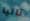
تاليا